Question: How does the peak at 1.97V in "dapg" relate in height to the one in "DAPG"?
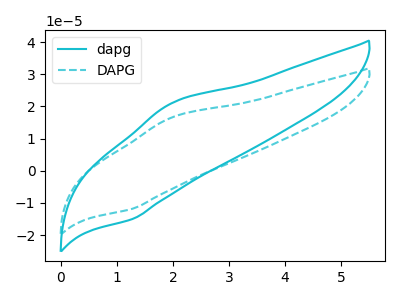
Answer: <think>The cyan curve "dapg" has an anodic peak at (1.95V, 20.95uA) and a cathodic peak at (1.30V, -15.00uA). The cyan dashed curve "DAPG" has an anodic peak at (1.95V, 16.50uA) and a cathodic peak at (1.30V, -11.80uA).</think>
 <answer>The peak at 1.97V is higher in "dapg" than in "DAPG".</answer>
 <eval>higher</eval>